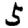
Digit: 5